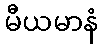
မီယမာနံ